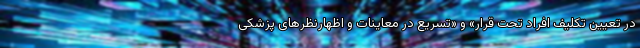
در تعیین تکلیف افراد تحت قرار» و «تسریع در معاینات و اظهارنظرهای پزشکی